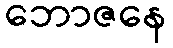
ဘောဇနေ